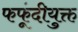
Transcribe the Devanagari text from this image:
फफूंदीयुक्त